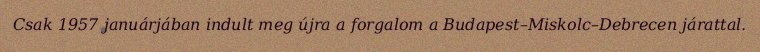
Csak 1957 januárjában indult meg újra a forgalom a Budapest–Miskolc–Debrecen járattal.